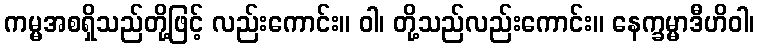
ကမ္မအစရှိသည်တို့ဖြင့် လည်းကောင်း။ ဝါ၊ တို့သည်လည်းကောင်း။ နေက္ခမ္မာဒီဟိဝါ၊